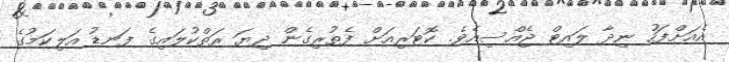
އެއަށްފަހު ނިދާ ލައިޓް ޖެއްސިއެވެ. ކޮޓަރިއަށް ފެތުރިގެން ދިޔަ ރަތްކުލައިގެ ފަނޑު އަލިކަމުގެ